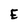
Character: E